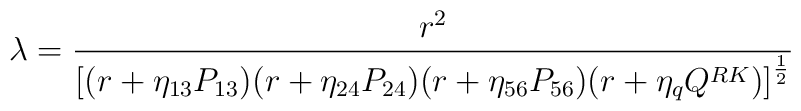
{ \lambda = { r^2 \over { \left[ ( r + \eta_{13} P_{13} ) ( r + \eta_{24} P_{24} ) ( r + \eta_{56} P_{56} ) ( r + \eta_q Q^{RK} ) \right]^{1 \over 2} }}}